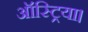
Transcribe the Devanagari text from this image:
ऑस्ट्रिया।